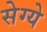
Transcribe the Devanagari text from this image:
सेग्ये